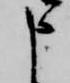
申